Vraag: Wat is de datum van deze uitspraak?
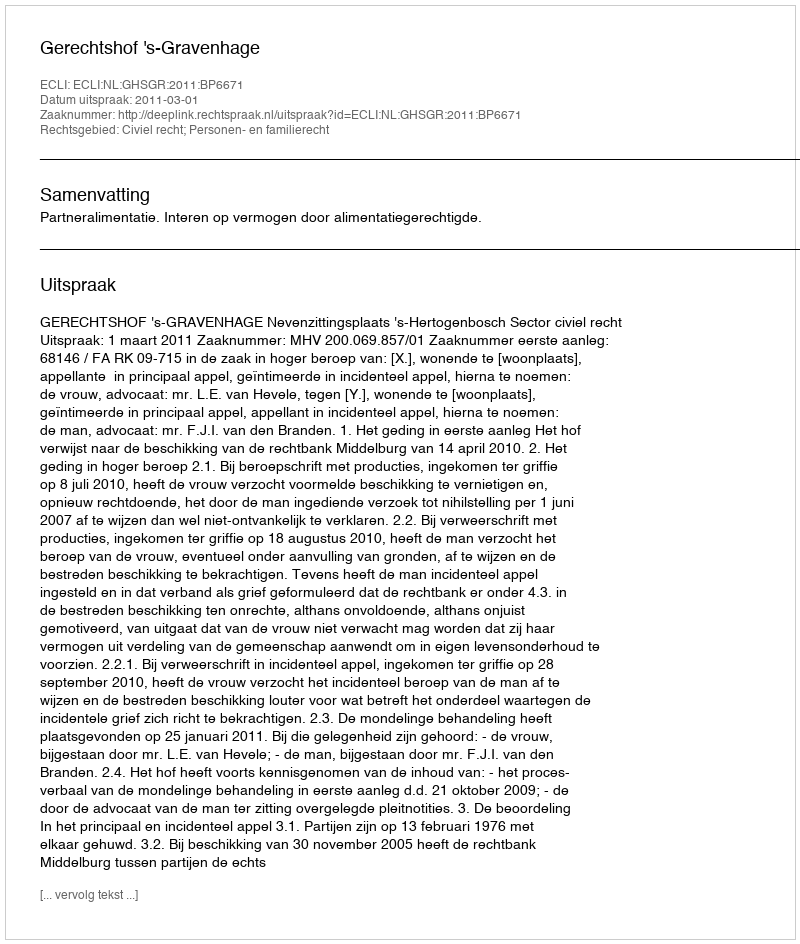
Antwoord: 2011-03-01